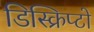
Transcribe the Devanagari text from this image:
डिस्क्रिप्टो